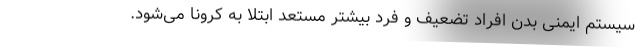
سیستم ایمنی بدن افراد تضعیف و فرد بیشتر مستعد ابتلا به کرونا می‌شود.